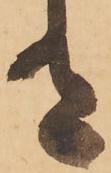
有